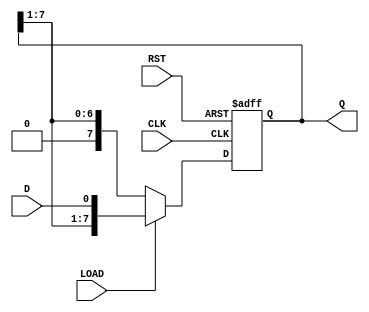
module ParameterizedShiftRegister #(parameter N = 8) (
    input wire D,            // Data input
    input wire CLK,          // Clock signal
    input wire RST,          // Asynchronous reset
    input wire LOAD,         // Load control signal
    output reg [N-1:0] Q     // Data output
);

// Internal storage for the shift register
reg [N-1:0] shift_reg;

// Sequential logic for the shift register
always @(posedge CLK or posedge RST) begin
    if (RST) begin
        // Asynchronous reset: clear the shift register
        shift_reg <= {N{1'b0}}; // Set all bits to 0
    end else if (LOAD) begin
        // Load new data into the shift register
        shift_reg <= {shift_reg[N-1:1], D}; // Shift right and load D into LSB
    end else begin
        // Shift right operation
        shift_reg <= {1'b0, shift_reg[N-1:1]}; // Shift right and discard LSB
    end
end

// Assign the output to the internal shift register
assign Q = shift_reg;

endmodule